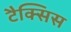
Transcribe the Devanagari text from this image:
टैक्सिस